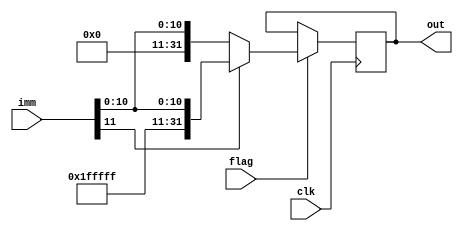
module immSignExtender(clk, flag, imm, out);
input clk;
input flag; //this is your "ImmSel" flag
input [11:0] imm;
output reg [31:0] out;



always @(posedge clk) begin
if (flag) begin
	if (imm[11]) begin //FIll with 1's
		out <= {20'b11111111111111111111, imm[11:0]};
	end
	else begin //fill with 0's
	out <= {20'b00000000000000000000, imm[11:0]};
			// {20'b11111111111111111111, imm[11:0]};
	end
end
end
endmodule